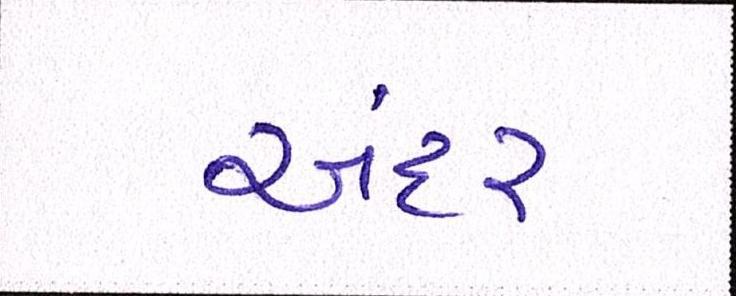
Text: અંદર